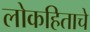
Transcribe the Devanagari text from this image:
लोकहिताचे